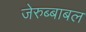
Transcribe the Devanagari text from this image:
जेरुब्बाबल